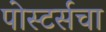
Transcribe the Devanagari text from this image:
पोस्टर्सचा